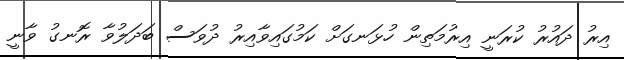
އިރު ދައުރު ކުރަނީ އިރުމަތިން ހުޅަނގަށް ކަމުގައިވާއިރު ދުވަސް ބަދަލުވާ ރޮނގު ވާނީ